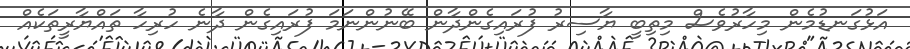
އަޅުގަނޑުމެން މިހާރުވެސް މިތިބީ ޔާސިރު ފުރައިގެންދާން ބޭނުންނަމަ ފުރައިގެން ދާނެ ހުރިހާ ތައްޔާރީތަކެއް